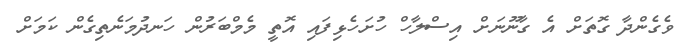
ވެގެންދާ ގޮތަށް އެ ގާނޫނަށް އިސްލާހް ހުށަހެޅިފައި އޮތީ މެމްބަރުން ހަނދުމަނެތިގެން ކަމަށް